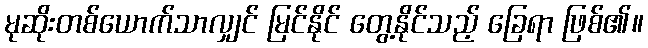
မုဆိုးတစ်ယောက်သာလျှင် မြင်နိုင် တွေ့နိုင်သည့် ခြေရာ ဖြစ်၏။